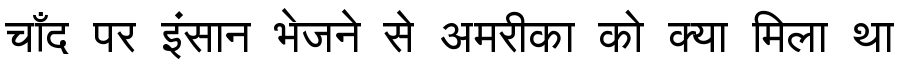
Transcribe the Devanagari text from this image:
चाँद पर इंसान भेजने से अमरीका को क्या मिला था